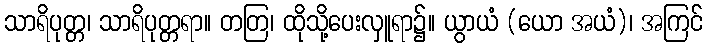
သာရိပုတ္တ၊ သာရိပုတ္တရာ။ တတြ၊ ထိုသို့ပေးလှူရာ၌။ ယွာယံ (ယော အယံ)၊ အကြင်